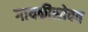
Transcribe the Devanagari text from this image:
गायकीसोबत